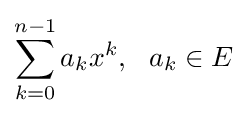
\sum _{k=0}^{n-1}a_{k}x^{k},\ \ a_{k}\in E